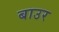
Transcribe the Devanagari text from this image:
बाउर